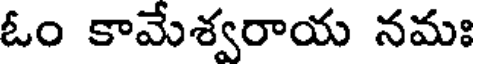
ఓం కామేశ్వరాయ నమః